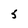
Character: 5